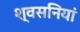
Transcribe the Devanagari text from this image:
श्वसनियां